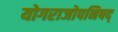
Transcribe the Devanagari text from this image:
योगराजोपनिषद्